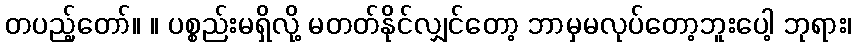
တပည့်တော်။ ။ ပစ္စည်းမရှိလို့ မတတ်နိုင်လျှင်တော့ ဘာမှမလုပ်တော့ဘူးပေါ့ ဘုရား၊